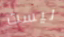
ليست